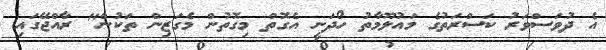
އެ ދުވަސްވަރު ކަސްރަތުގެ މައުލޫމާތު ހޯދަނީ އެގޮތް މިގޮތުން މެގަޒިން ތަކުން" ރާއްޖޭގައި